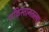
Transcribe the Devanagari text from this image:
पाकिस्तानतल्या